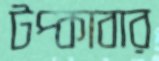
টপ্‌কাবার